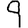
Digit: 9